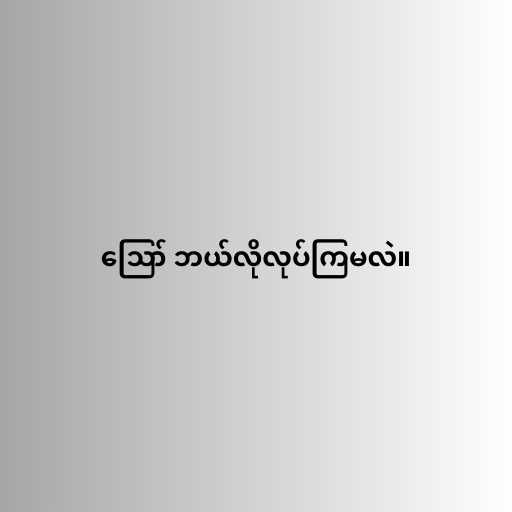
ဪ ဘယ်လိုလုပ်ကြမလဲ။